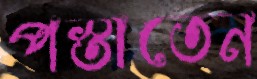
পস্তাতেন